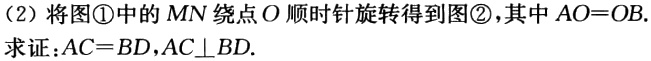
(2) 将图\textcircled{1}中的 \(MN\) 绕点 \(O\) 顺时针旋转得到图\textcircled{2}，其中 \(AO = OB\).

求证：\(AC = BD\)，\(AC\perp BD\).